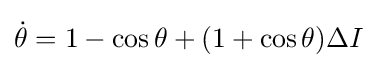
{\dot {\theta }}=1-\cos \theta +(1+\cos \theta )\Delta I